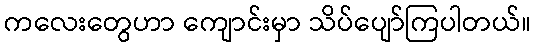
ကလေးတွေဟာ ကျောင်းမှာ သိပ်ပျော်ကြပါတယ်။